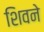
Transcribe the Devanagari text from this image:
शिवने